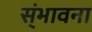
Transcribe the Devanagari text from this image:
स्ंभावना